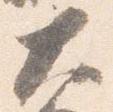
大